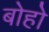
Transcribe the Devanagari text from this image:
बोहो